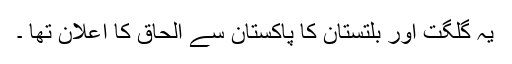
یہ گلگت اور بلتستان کا پاکستان سے الحاق کا اعلان تھا ۔